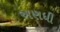
અણધી